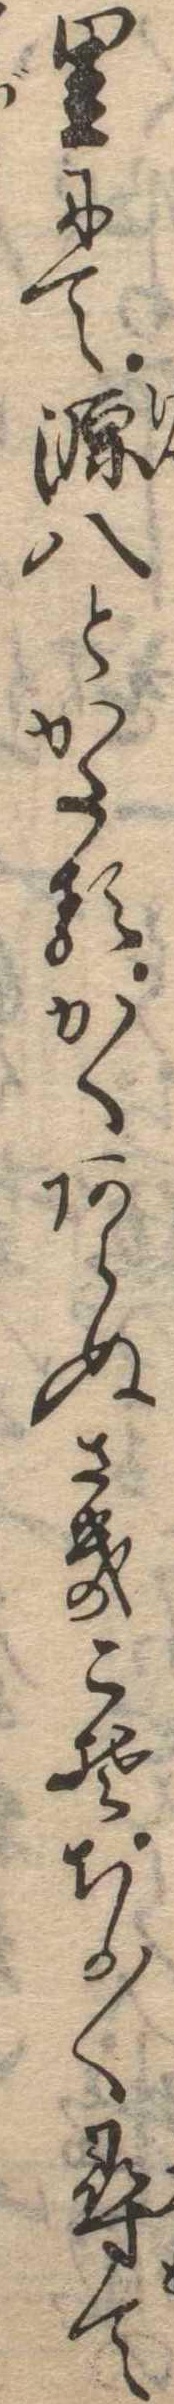
里にて源八とかたるかくあらぬさきこそちか〱尋て